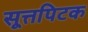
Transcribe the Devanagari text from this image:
सूत्तपिटक